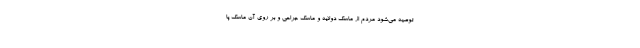
توصیه می‌شود مردم از ماسک دولایه و ماسک جراحی و بر روی آن ماسک پا